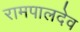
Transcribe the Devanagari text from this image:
रामपालदेव